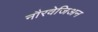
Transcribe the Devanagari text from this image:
नौरवेजिअन